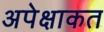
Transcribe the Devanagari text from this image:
अपेक्षाकत